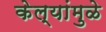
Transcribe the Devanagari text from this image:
केल्यांमुळे